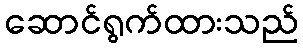
ဆောင်ရွက်ထားသည်